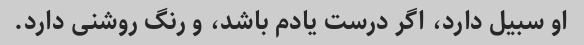
او سبیل دارد، اگر درست یادم باشد، و رنگ روشنی دارد.